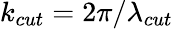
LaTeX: k_{cut}=2\pi/\lambda_{cut}